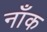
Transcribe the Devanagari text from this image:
नाँक